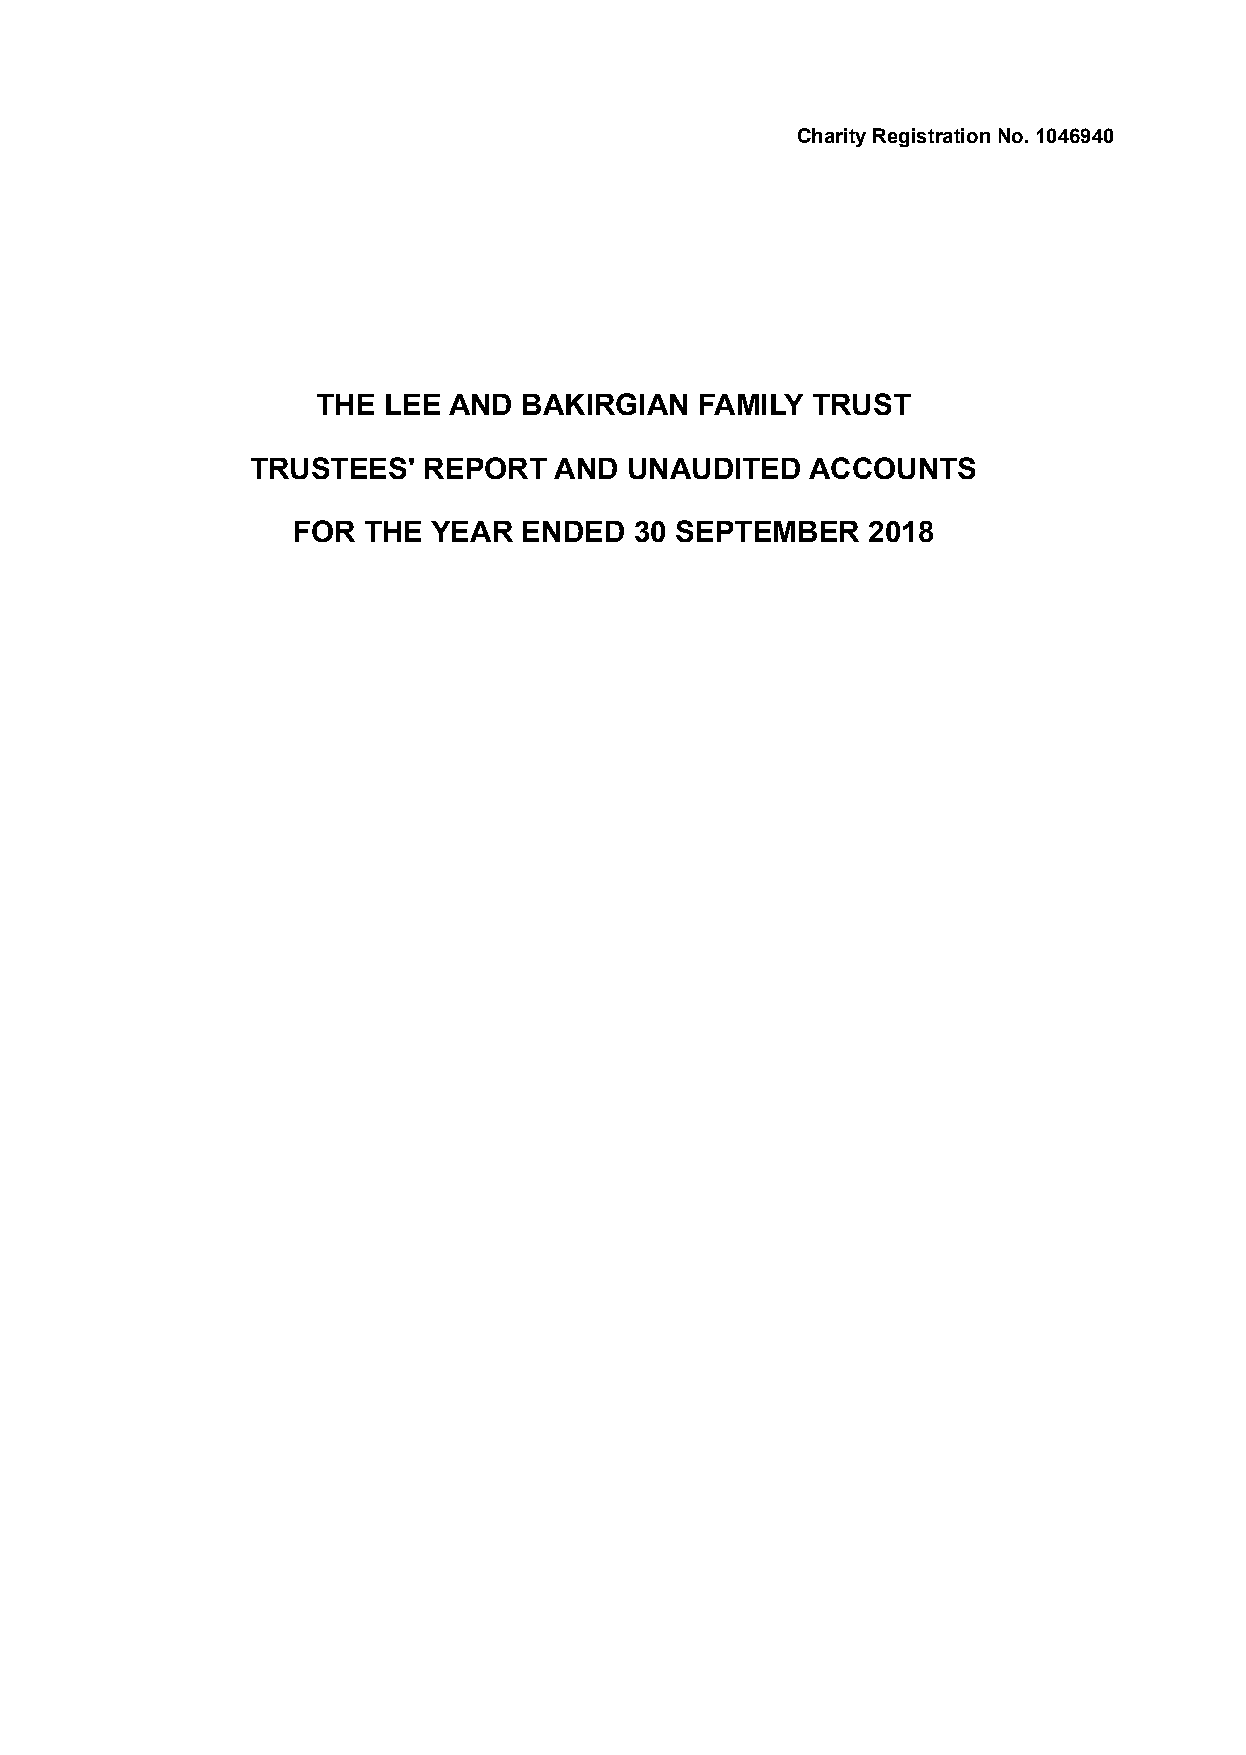
Charity Registration No. 1046940
 THE LEE  AND BAKIRGIAN   FAMILY  TRUST
 TRUSTEES'  REPORT   AND UNAUDITED    ACCOUNTS
 FOR  THE YEAR   ENDED  30 SEPTEMBER   2018